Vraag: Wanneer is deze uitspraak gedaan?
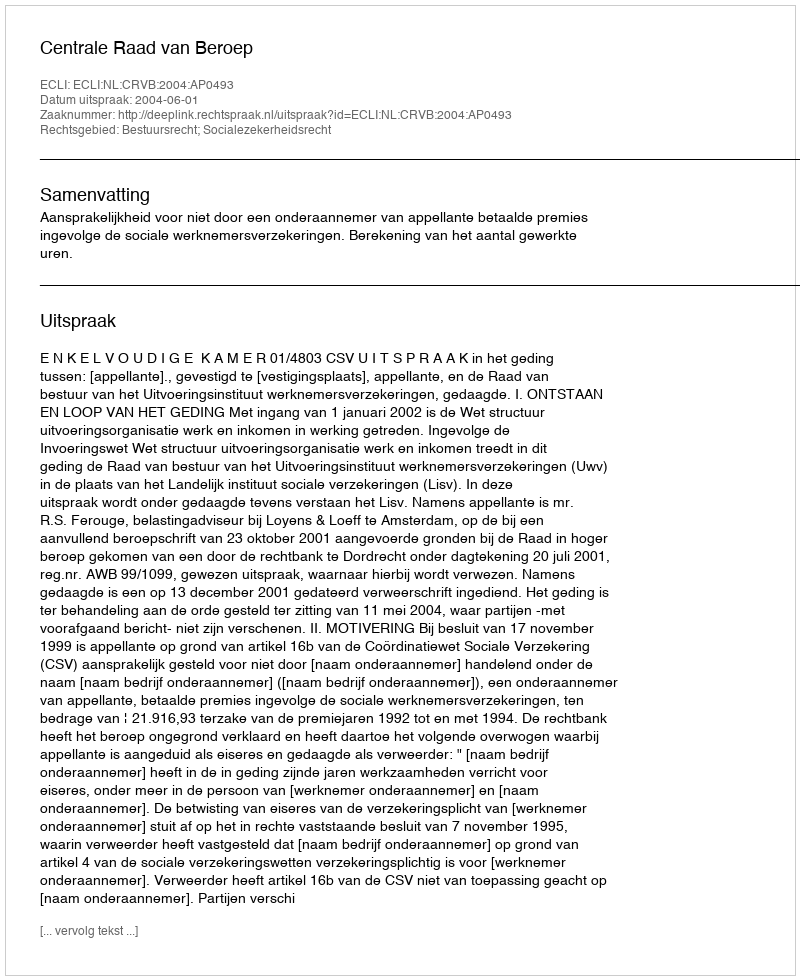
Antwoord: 2004-06-01